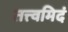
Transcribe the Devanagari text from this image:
तत्त्वमिदं